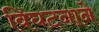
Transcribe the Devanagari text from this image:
विघटनाने